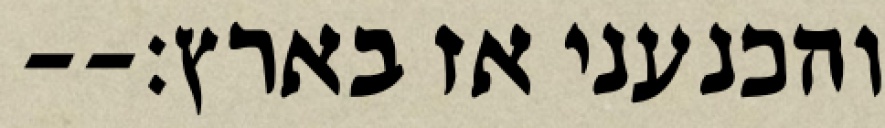
והכנעני אז בארץ׃--